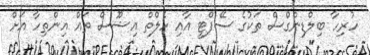
ހުރިހާ ބިލްޑިންގްސް ތަކުގެ ސޭފްޓީ އާއި ހެލްތް އިޝޫސް ތައް އިންތިހާ އަށް